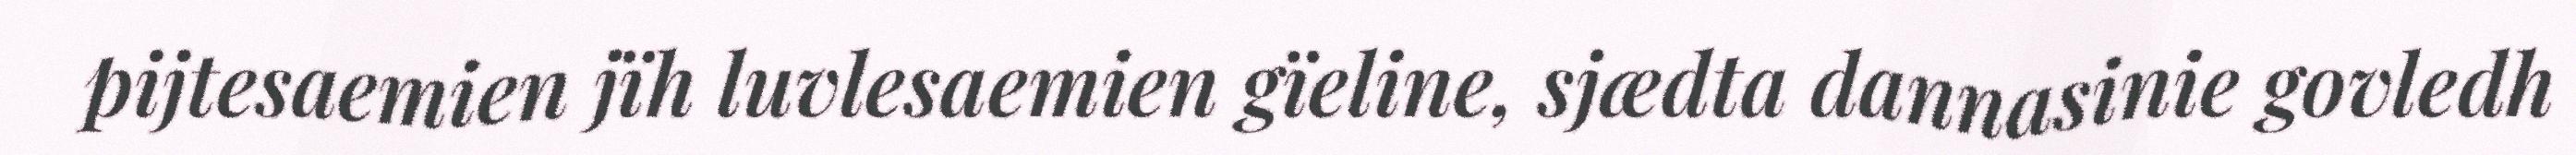
pijtesaemien jïh luvlesaemien gïeline, sjædta dannasinie govledh